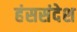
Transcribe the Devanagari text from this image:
हंससंदेश